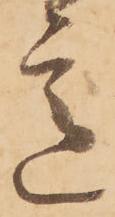
意